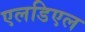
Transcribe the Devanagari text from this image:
एलडिएल